Annual report on the working of the lock hospitals in the North-Western Provinces and Oudh
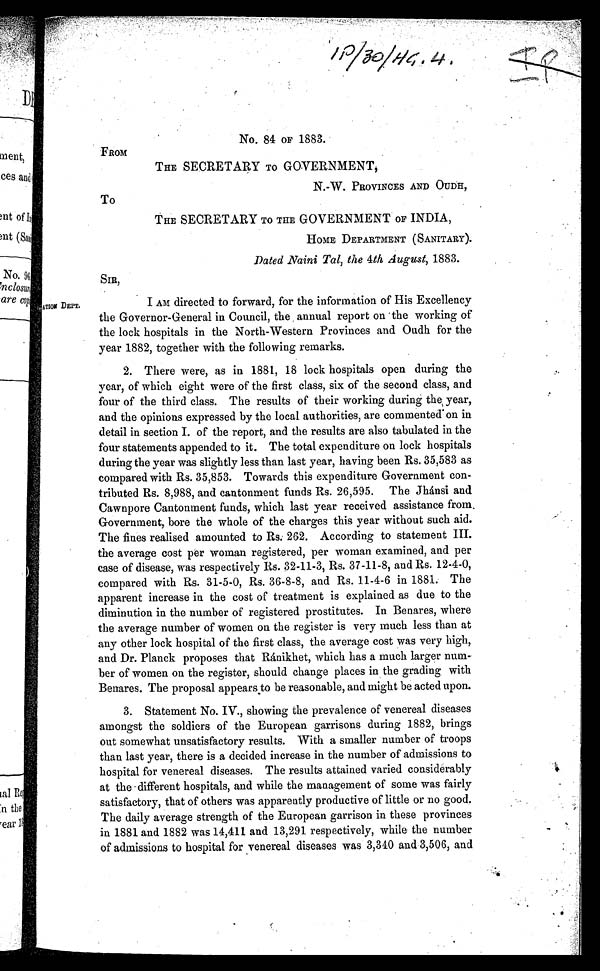
No. 84 OF 1883.
FROM
THE SECRETARY TO GOVERNMENT,
N. W. PROVINCES AND OUDH,
To
THE SECRETARY TO THE GOVERNMENT OF INDIA,
HOME DEPARTMENT (SANITARY).
Dated Naini Tal, the 4th August, 1883.
SIR,
I AM directed to forward, for the information of His Excellency
the Governor-General in Council, the annual report on • the working of
the lock hospitals in the North-Western Provinces and Oudh for the
year 1882, together with the following remarks.
2. There were, as in 1881, 18 lock hospitals open during the
year, of which eight were of the first class, six of the second class, and
four of the third class. The results of their working during the year,
and the opinions expressed by the local authorities, are commented on in
detail in section I. of the report, and the results are also tabulated in the
four statements appended to it. The total expenditure on lock hospitals
during the year was slightly less than last year, having been Rs. 35,583 as
compared with Rs. 35,853. Towards this expenditure Government con-
tributed Rs. 8,988, and cantonment funds Rs. 26,595. The Jhánsi and
Cawnpore Cantonment funds, which last year received assistance from.
Government, bore the whole of the charges this year without such aid.
The fines realised amounted to Rs: 262. According to statement III.
the average cost per woman registered, per woman examined, and per
case of disease, was respectively Rs. 32-11-3, Rs. 37-11-8, and Rs. 12-4-0,
compared with Rs. 31-5-0, Rs. 36-8-8, and Rs. 11-4-6 in 1881. The
apparent increase in the cost of treatment is explained as due to the
diminution in the number of registered prostitutes. In Benares, where
the average number of women on the register is very much less than at
any other lock hospital of the first class, the average cost was very high,
and Dr. Planck proposes that Ránikhet, which has a much larger num-
ber of women on the register, should change places in the grading with
Benares. The proposal appears to be reasonable, and might be acted upon.
3. Statement No. IV., showing the prevalence of venereal diseases
amongst the soldiers of the European garrisons during 1882, brings
out somewhat unsatisfactory results. With a smaller number of troops
than last year, there is a decided increase in the number of admissions to
hospital for venereal diseases. The results attained varied considerably
at the different hospitals, and while the management of some was fairly
satisfactory, that of others was apparently productive of little or no good.
The daily average strength of the European garrison in these provinces
in 1881 and 1882 was 14,411 and 13,291 respectively, while the number
of admissions to hospital for venereal diseases was 3,340 and 3,506, and